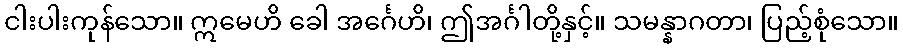
ငါးပါးကုန်သော။ ဣမေဟိ ခေါ အင်္ဂေဟိ၊ ဤအင်္ဂါတို့နှင့်။ သမန္နာဂတာ၊ ပြည့်စုံသော။